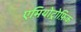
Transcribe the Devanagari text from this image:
एमियोट्रोफ़िक